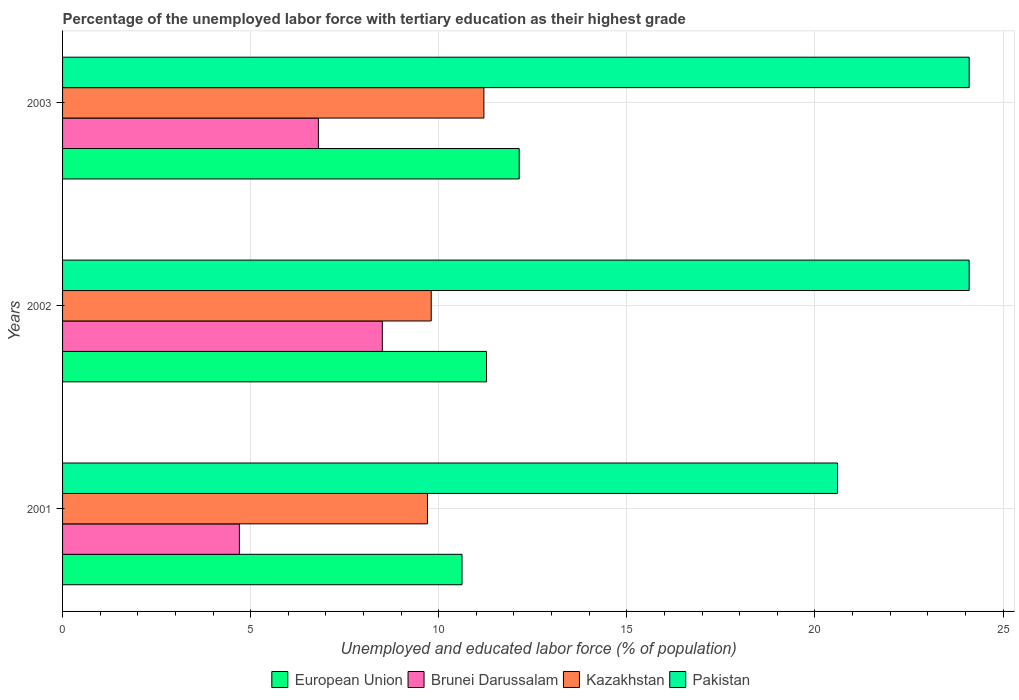
| Years | European Union | Brunei Darussalam | Kazakhstan | Pakistan |
 | --- | --- | --- | --- | --- |
 | 2001 | 10.6 | 4.7 | 9.7 | 20.6 |
 | 2002 | 11.3 | 8.5 | 9.8 | 24.1 |
 | 2003 | 12.1 | 6.8 | 11.2 | 24.1 |